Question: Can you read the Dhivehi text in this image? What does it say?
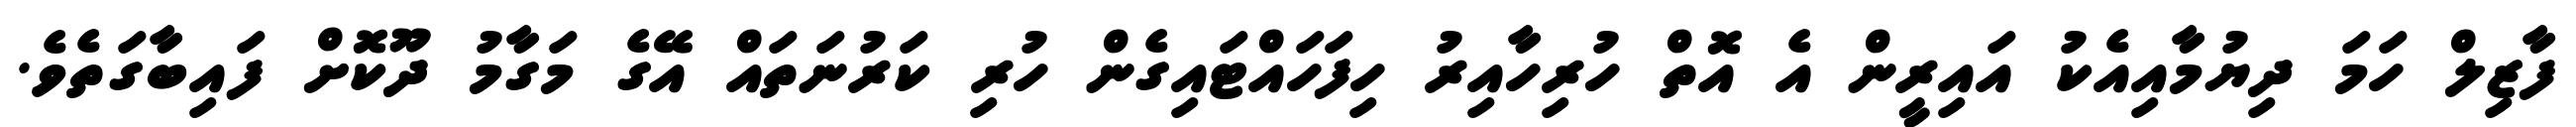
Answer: ފާޒިލް ހަމަ ދިޔުމާއިއެކު އައިރީން އެ އޮތް ހުރިހާއިރު ހިފަހައްޓައިގެން ހުރި ކަރުނަތައް އޭގެ މަގާމު ދޫކޮށް ފައިބާގަތެވެ.